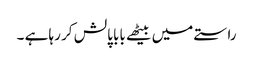
راستے میں بیٹھے بابا پالش کر رہا ہے ۔